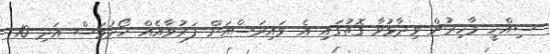
ސިއްހީ މާހިރުން ވިދާޅުވާ ގޮތުގައި އެ ވައިރަސްއަށް ފަރުވާއެއް ހޯދުމަސް އަދި 10